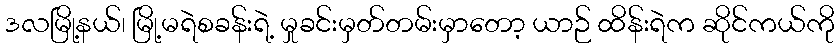
ဒလမြို့နယ်၊ မြို့မရဲစခန်းရဲ့ မှုခင်းမှတ်တမ်းမှာတော့ ယာဉ် ထိန်းရဲက ဆိုင်ကယ်ကို